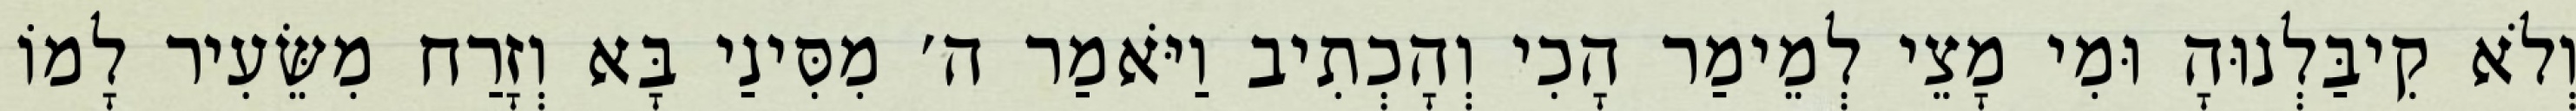
וְלֹא קִיבַּלְנוּהָ וּמִי מָצֵי לְמֵימַר הָכִי וְהָכְתִיב וַיֹּאמַר ה׳ מִסִּינַי בָּא וְזָרַח מִשֵּׂעִיר לָמוֹ